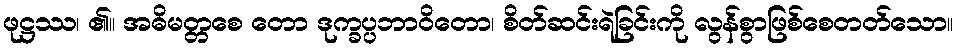
ဖုဋ္ဌဿ၊ ၏။ အဓိမတ္တစေ တော ဒုက္ခပ္ပဘာဝိတော၊ စိတ်ဆင်းရဲခြင်းကို လွန်စွာဖြစ်စေတတ်သော။